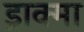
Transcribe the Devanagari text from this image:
ड्राक्मा